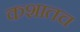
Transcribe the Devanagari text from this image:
कशातच